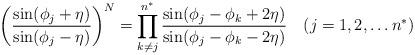
LaTeX: \begin{align*}\biggl(\frac{\sin(\phi_j + \eta)}{\sin(\phi_j - \eta)}\biggr)^N =\prod_{k\ne j}^{n^{\ast}} \frac{\sin(\phi_j - \phi_k + 2 \eta)}{\sin(\phi_j - \phi_k - 2 \eta)} \quad(j = 1,2, \ldots n^{\ast})\end{align*}